Civil Veterinary Dept. Bombay admin report 1923-31 - 1923-1931
Year: 1923
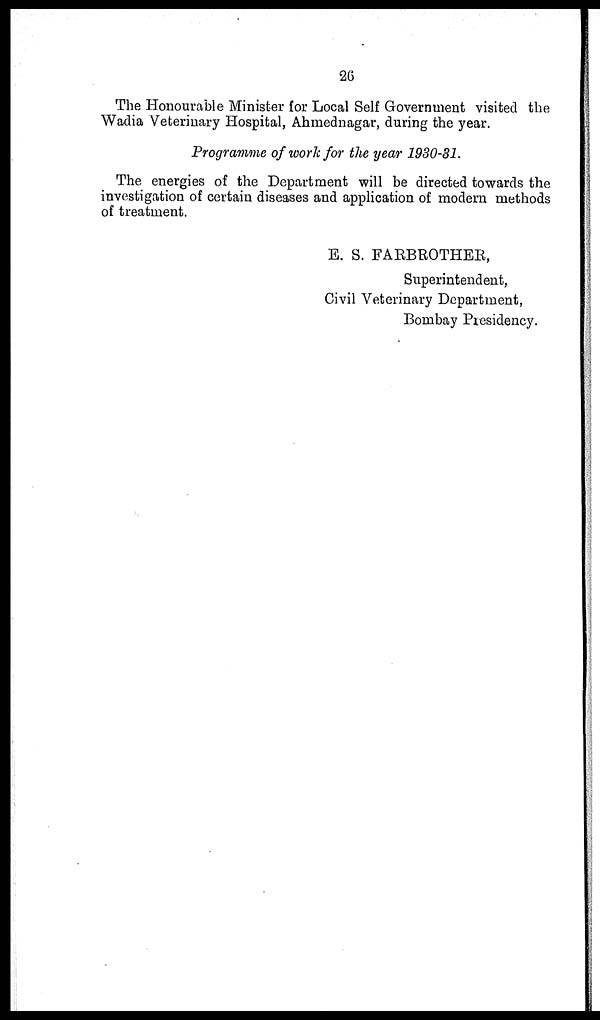
26
The Honourable Minister for Local Self Government visited the
Wadia Veterinary Hospital, Ahmednagar, during the year.
Programme of work for the year 1930-31.
The energies of the Department will be directed towards the
investigation of certain diseases and application of modern methods
of treatment.
E. S. FARBROTHER,
Superintendent,
Civil Veterinary Department,
Bombay Presidency.